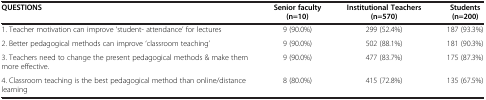
| QUESTIONS | Senior faculty (n=10) | Institutional Teachers (n=570) | Students (n=200) |
 | --- | --- | --- | --- |
 | 1. Teacher motivation can improve ‘student- attendance’ for lectures | 9 (90.0%) | 299 (52.4%) | 187 (93.3%) |
 | 2. Better pedagogical methods can improve ‘classroom teaching’ | 9 (90.0%) | 502 (88.1%) | 181 (90.3%) |
 | 3. Teachers need to change the present pedagogical methods & make them more effective. | 9 (90.0%) | 477 (83.7%) | 175 (87.3%) |
 | 4. Classroom teaching is the best pedagogical method than online/distance learning | 8 (80.0%) | 415 (72.8%) | 135 (67.5%) |